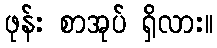
ဖုန်း စာအုပ် ရှိလား။